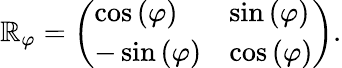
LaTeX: \mathbb{R}_{\varphi}=\left(\begin{array}{ll}{\cos\left(\varphi\right)}&{\sin\left(\varphi\right)}\\ {-\sin\left(\varphi\right)}&{\cos\left(\varphi\right)}\end{array}\right).